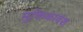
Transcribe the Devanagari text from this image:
मुक्तिकावंश